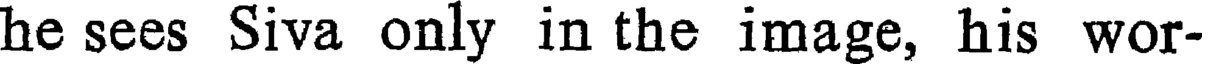
he sees Siva only in the image, his wor-